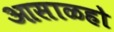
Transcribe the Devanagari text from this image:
आसाळहो